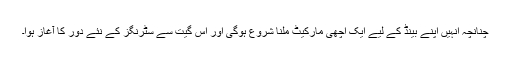
چنانچہ انہیں اپنے بینڈ کے لیے ایک اچھی مارکیٹ ملنا شروع ہوگی اور اس گیت سے سٹرنگز کے نئے دور کا آغاز ہوا۔